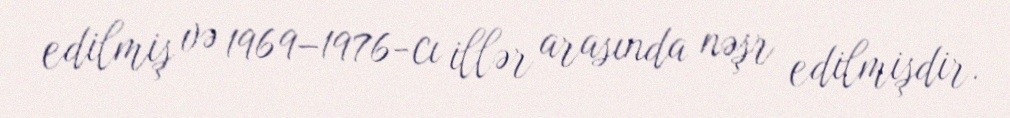
edilmiş və 1969–1976-cı illər arasında nəşr edilmişdir.